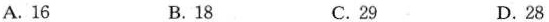
A.16 B.18 C.29 D.28